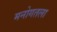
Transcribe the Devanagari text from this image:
मनोगतला